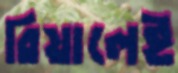
রিয়ালেই